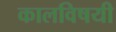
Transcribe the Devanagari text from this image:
कालविषयी